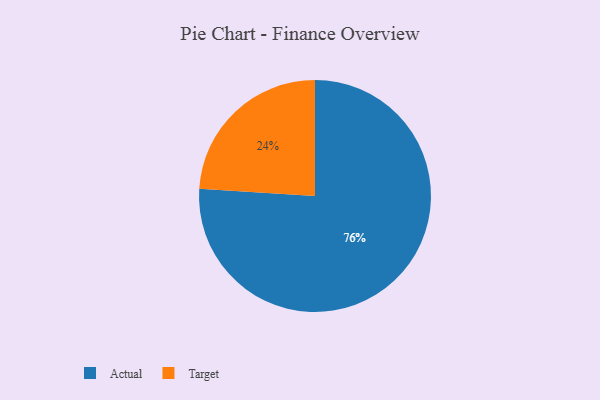
{"axis": {"x": "Category", "y": "Percentage"}, "legend": ["Actual", "Target"], "data": [{"x": "Actual", "y": 76, "type": "Actual"}, {"x": "Target", "y": 24, "type": "Target"}]}